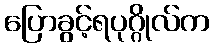
ပြောခွင့်ရပုဂ္ဂိုလ်က